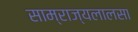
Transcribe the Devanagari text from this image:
साम्राज्यलालसा